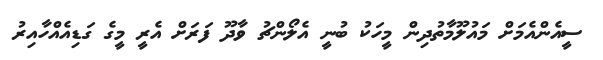
ސީއެންއެމަށް މައުލޫމާތުދިން މީހަކު ބުނީ އެލޯންޗު ވާދޫ ފަރަށް އެރީ މީގެ ގަޑިއެއްހާއިރު